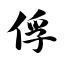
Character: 俘